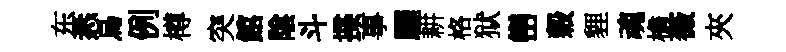
东悉烏例樽突館隂斗揲事驪耕格狱巒穀貍魂檐薇夾